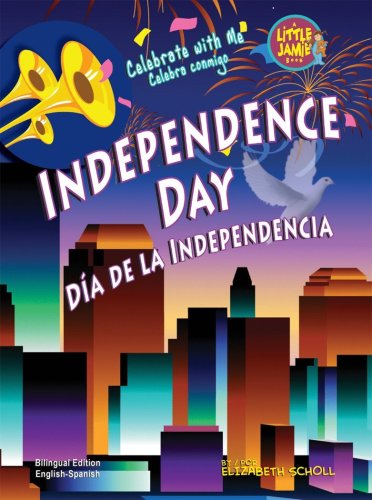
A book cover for Independence Day / Dia de la Independencia (Little Jamie Books: Celebrate With Me) (Spanish Edition) (Little Jamie Books: Celebrate With Me / Un Libro: Celebra Conmigo); Elizabeth Scholl; Children's Books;